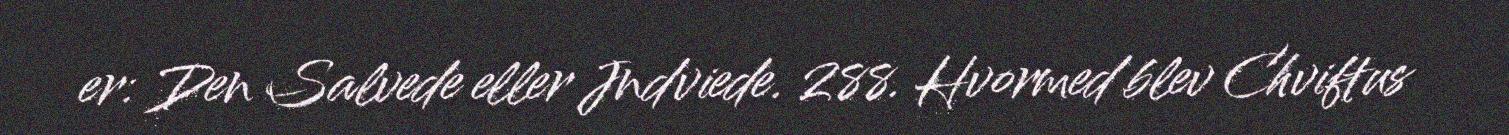
er: Den Salvede eller Jndviede. 288. Hvormed blev Chviftus